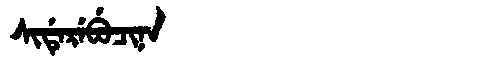
Manchu: ᠰᡳᡩᡝᡵᡝᠪᡠᠴᡳᠨᠠ
Romanization: SIDEREBUCINA